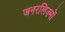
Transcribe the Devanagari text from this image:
जनरलिज़्मों